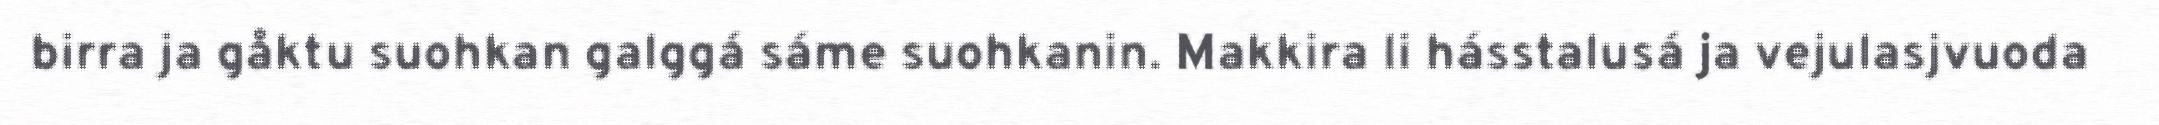
birra ja gåktu suohkan galggá sáme suohkanin. Makkira li hásstalusá ja vejulasjvuoda